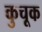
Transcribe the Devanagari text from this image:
कुचूक